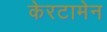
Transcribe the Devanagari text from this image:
केरटामेन